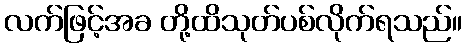
လက်ဖြင့်အခ တို့ထိသုတ်ပစ်လိုက်ရသည်။